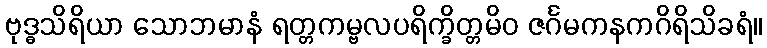
ဗုဒ္ဓသိရိယာ သောဘမာနံ ရတ္တကမ္ဗလပရိက္ခိတ္တမိဝ ဇင်္ဂမကနကဂိရိသိခရံ။